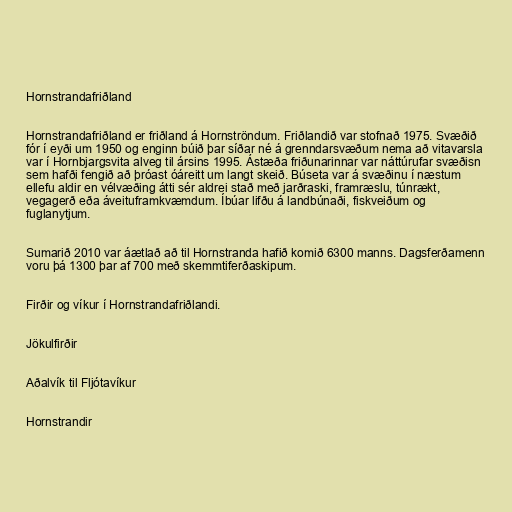
Hornstrandafriðland

Hornstrandafriðland er friðland á Hornströndum. Friðlandið var stofnað 1975. Svæðið
fór í eyði um 1950 og enginn búið þar síðar né á grenndarsvæðum nema að vitavarsla
var í Hornbjargsvita alveg til ársins 1995. Ástæða friðunarinnar var náttúrufar svæðisn
sem hafði fengið að þróast óáreitt um langt skeið. Búseta var á svæðinu í næstum
ellefu aldir en vélvæðing átti sér aldrei stað með jarðraski, framræslu, túnrækt,
vegagerð eða áveituframkvæmdum. Íbúar lifðu á landbúnaði, fiskveiðum og
fuglanytjum.

Sumarið 2010 var áætlað að til Hornstranda hafið komið 6300 manns. Dagsferðamenn
voru þá 1300 þar af 700 með skemmtiferðaskipum.

Firðir og víkur í Hornstrandafriðlandi.

Jökulfirðir

Aðalvík til Fljótavíkur

Hornstrandir